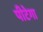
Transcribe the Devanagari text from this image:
पीटेगा